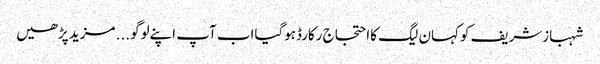
شہبازشریف کوکہان لیگ کااحتجاج رکارڈہوگیااب آپ اپنےلوگو... مزید پڑھیں